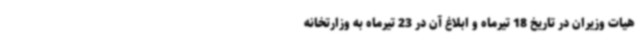
هیات وزیران در تاریخ 18 تیرماه و ابلاغ آن در 23 تیرماه به وزارتخانه